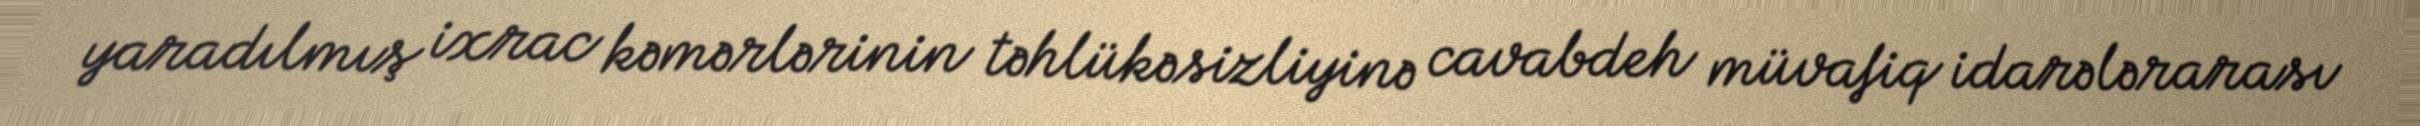
yaradılmış ixrac kəmərlərinin təhlükəsizliyinə cavabdeh müvafiq idarələrarası